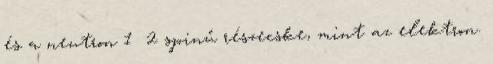
és a neutron 1 2 spinű részecske, mint az elektron.